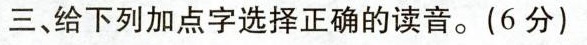
三、给下列加点字选择正确的读音。（6分）